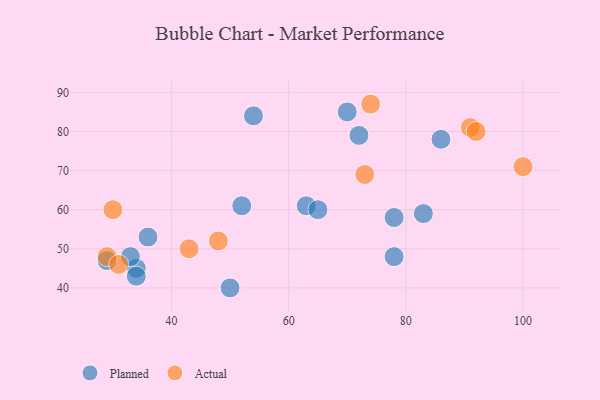
{"axis": {"x": "GDP", "y": "Life Expectancy"}, "legend": ["Actual", "Planned"], "data": [{"x": "78", "y": 58, "type": "Planned"}, {"x": "34", "y": 45, "type": "Planned"}, {"x": "29", "y": 47, "type": "Planned"}, {"x": "52", "y": 61, "type": "Planned"}, {"x": "63", "y": 61, "type": "Planned"}, {"x": "36", "y": 53, "type": "Planned"}, {"x": "83", "y": 59, "type": "Planned"}, {"x": "78", "y": 48, "type": "Planned"}, {"x": "50", "y": 40, "type": "Planned"}, {"x": "33", "y": 48, "type": "Planned"}, {"x": "72", "y": 79, "type": "Planned"}, {"x": "54", "y": 84, "type": "Planned"}, {"x": "70", "y": 85, "type": "Planned"}, {"x": "34", "y": 43, "type": "Planned"}, {"x": "65", "y": 60, "type": "Planned"}, {"x": "86", "y": 78, "type": "Planned"}, {"x": "91", "y": 81, "type": "Actual"}, {"x": "30", "y": 60, "type": "Actual"}, {"x": "92", "y": 80, "type": "Actual"}, {"x": "48", "y": 52, "type": "Actual"}, {"x": "43", "y": 50, "type": "Actual"}, {"x": "29", "y": 48, "type": "Actual"}, {"x": "31", "y": 46, "type": "Actual"}, {"x": "100", "y": 71, "type": "Actual"}, {"x": "74", "y": 87, "type": "Actual"}, {"x": "73", "y": 69, "type": "Actual"}]}